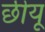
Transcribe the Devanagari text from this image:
छीयू